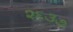
૨૬૩૭